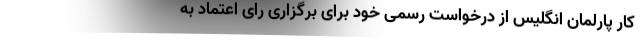
کار پارلمان انگلیس از درخواست رسمی خود برای برگزاری رای اعتماد به